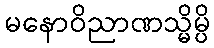
မနောဝိညာဏသ္မိမ္ပိ